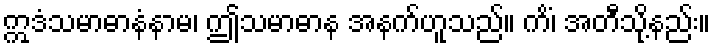
ဣဒံသမာဓာနံနာမ၊ ဤသမာဓာန အနက်ဟူသည်။ ကိံ၊ အတီသို့နည်း။